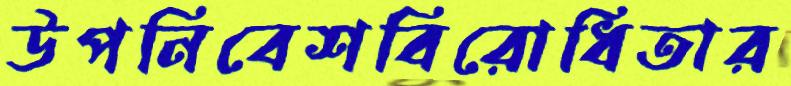
উপনিবেশবিরোধিতার